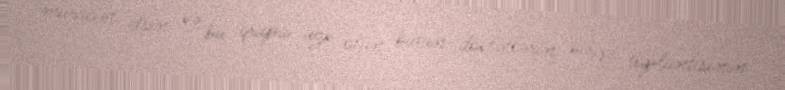
müraciət etsin və bu qrupa üzv olan bütün dövlətlərin birgə toplantısının